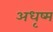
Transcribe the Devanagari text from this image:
अधृष्म